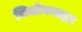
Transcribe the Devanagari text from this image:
सिलोमनाइट